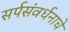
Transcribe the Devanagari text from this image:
सर्पसंवर्धनाचे